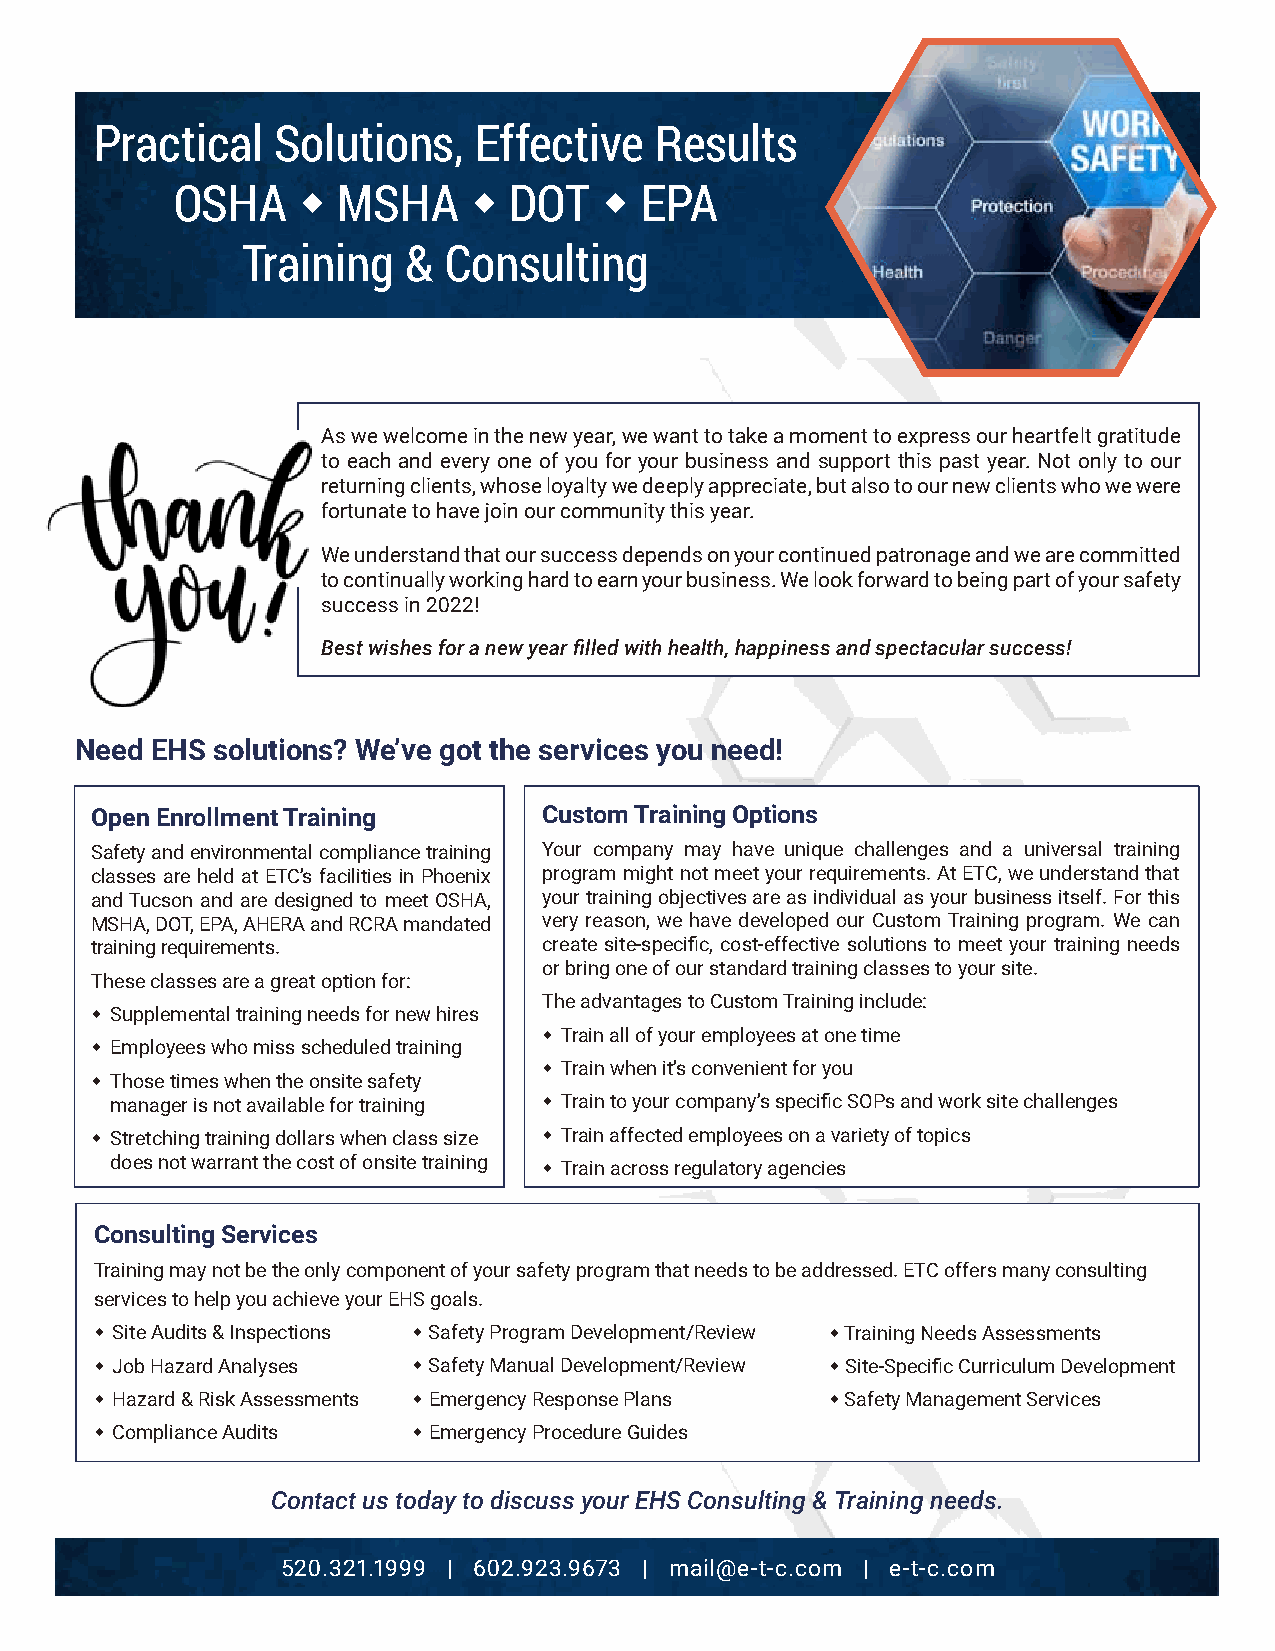
Practical   Solutions,   Effective   Results
 OSHA      MSHA       DOT    EPA
 Training   & Consulting
 As we welcome in the new year, we want to take a moment to express our heartfelt gratitude
 to each and every one of you for your business and support this past year. Not only to our
 returning clients, whose loyalty we deeply appreciate, but also to our new clients who we were
 fortunate to have join our community this year.
 We understand that our success depends on your continued patronage and we are committed
 to continually working hard to earn your business. We look forward to being part of your safety
 success in 2022!
 Best wishes for a new year filled with health, happiness and spectacular success!
 Need EHS solutions? We’ve got the services you need!
 Open Enrollment Training      Custom Training Options
 Safety and environmental compliance training Your company may have unique challenges and a universal training
 classes are held at ETC’s facilities in Phoenix program might not meet your requirements. At ETC, we understand that
 and Tucson and are designed to meet OSHA, your training objectives are as individual as your business itself. For this
 MSHA, DOT, EPA, AHERA and RCRA mandated very reason, we have developed our Custom Training program. We can
 training requirements.        create site-specific, cost-effective solutions to meet your training needs
 or bring one of our standard training classes to your site.
 These classes are a great option for:
 The advantages to Custom Training include:
  Supplemental training needs for new hires
  Train all of your employees at one time
  Employees who miss scheduled training
  Train when it’s convenient for you
  Those times when the onsite safety
 manager is not available for training  Train to your company’s specific SOPs and work site challenges
  Stretching training dollars when class size  Train affected employees on a variety of topics
 does not warrant the cost of onsite training  Train across regulatory agencies
 Consulting Services
 Training may not be the only component of your safety program that needs to be addressed. ETC offers many consulting
 services to help you achieve your EHS goals.
  Site Audits & Inspections  Safety Program Development/Review  Training Needs Assessments
  Job Hazard Analyses  Safety Manual Development/Review  Site-Specific Curriculum Development
  Hazard & Risk Assessments  Emergency Response Plans  Safety Management Services
  Compliance Audits   Emergency Procedure Guides
 Contact us today to discuss your EHS Consulting & Training needs.
 520.321.1999 | 602.923.9673 | mail@e-t-c.com | e-t-c.com